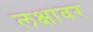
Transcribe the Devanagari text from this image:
लक्षावर